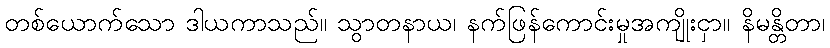
တစ်ယောက်သော ဒါယကာသည်။ သွာတနာယ၊ နက်ဖြန်ကောင်းမှုအကျိုးငှာ။ နိမန္တိတာ၊